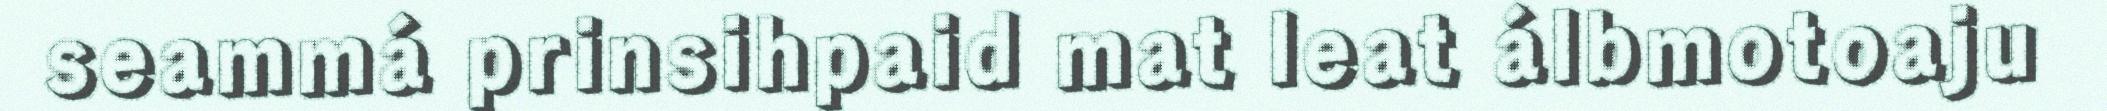
seammá prinsihpaid mat leat álbmotoaju